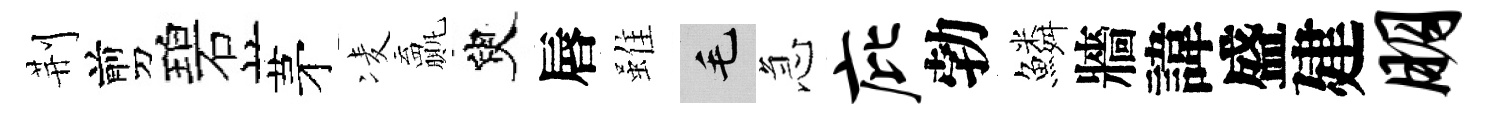
荆剪碧茅凌贏臾唇雖毛急庇勃鱗牆諱盛建朋